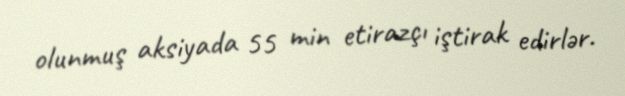
olunmuş aksiyada 55 min etirazçı iştirak edirlər.